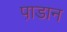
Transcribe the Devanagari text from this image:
पा़डान